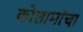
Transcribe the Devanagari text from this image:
कोलामांचा